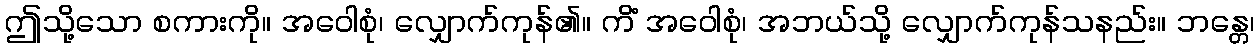
ဤသို့သော စကားကို။ အဝေါစုံ၊ လျှောက်ကုန်၏။ ကိံ အဝေါစုံ၊ အဘယ်သို့ လျှောက်ကုန်သနည်း။ ဘန္တေ၊